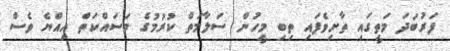
ފަރުބަދަ މަތީގައި ތާށިވެފައި ތިބި މީހުން ސަލާމަތް ކުރުމުގެ މަސައްކަތް އިއްޔެ ވެސް